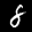
Label: 8